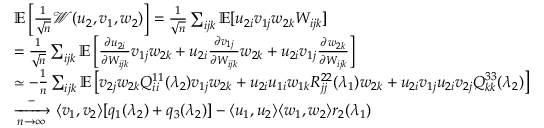
\begin{array} { r l } & { \mathbb { E } \left[ \frac { 1 } { \sqrt n } { \mathcal { W } } ( u _ { 2 } , v _ { 1 } , w _ { 2 } ) \right] = \frac { 1 } { \sqrt n } \sum _ { i j k } \mathbb { E } [ u _ { 2 i } v _ { 1 j } w _ { 2 k } W _ { i j k } ] } \\ & { = \frac { 1 } { \sqrt n } \sum _ { i j k } \mathbb { E } \left[ \frac { \partial u _ { 2 i } } { \partial W _ { i j k } } v _ { 1 j } w _ { 2 k } + u _ { 2 i } \frac { \partial v _ { 1 j } } { \partial W _ { i j k } } w _ { 2 k } + u _ { 2 i } v _ { 1 j } \frac { \partial w _ { 2 k } } { \partial W _ { i j k } } \right] } \\ & { \simeq - \frac 1 n \sum _ { i j k } \mathbb { E } \left[ v _ { 2 j } w _ { 2 k } Q _ { i i } ^ { 1 1 } ( \lambda _ { 2 } ) v _ { 1 j } w _ { 2 k } + u _ { 2 i } u _ { 1 i } w _ { 1 k } R _ { j j } ^ { 2 2 } ( \lambda _ { 1 } ) w _ { 2 k } + u _ { 2 i } v _ { 1 j } u _ { 2 i } v _ { 2 j } Q _ { k k } ^ { 3 3 } ( \lambda _ { 2 } ) \right] } \\ & { \xrightarrow [ n \to \infty ] - \langle v _ { 1 } , v _ { 2 } \rangle [ q _ { 1 } ( \lambda _ { 2 } ) + q _ { 3 } ( \lambda _ { 2 } ) ] - \langle u _ { 1 } , u _ { 2 } \rangle \langle w _ { 1 } , w _ { 2 } \rangle r _ { 2 } ( \lambda _ { 1 } ) } \end{array}